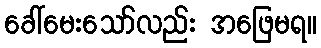
ခေါ်မေးသော်လည်း အဖြေမရ။